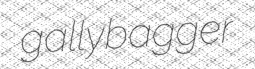
gallybagger